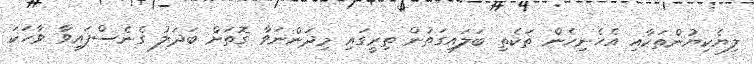
ލިޔެކިޔުންތަކާއި އެހެނިހެން ތަކެތި ބަލައިގަތުން ތިރީގައި މިދަންނަވާ ގޮތަށް ބަދަލު ގެނެސްފައިވާ ވާހަކަ